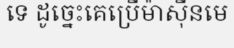
ទេ ដូច្នេះគេប្រើម៉ាស៊ីនមេ